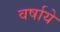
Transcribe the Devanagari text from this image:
वर्षाये